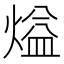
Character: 𰟏